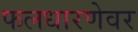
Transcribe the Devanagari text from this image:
फलधारणेवर